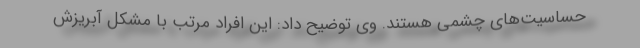
حساسیت‌های چشمی هستند. وی توضیح داد: این افراد مرتب با مشکل آبریزش